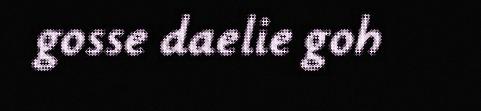
gosse daelie goh